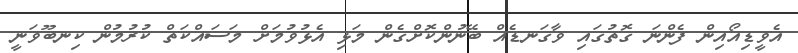
އެވީޑިއޯއިން ފެންނަ ގޮތުގައި ވާގަނޑެއް ބޭނުންކޮށްގެން މަޅި އެޅުވުމަށް މަސައްކަތް ކުރުމުން ކިނބޫވަނީ